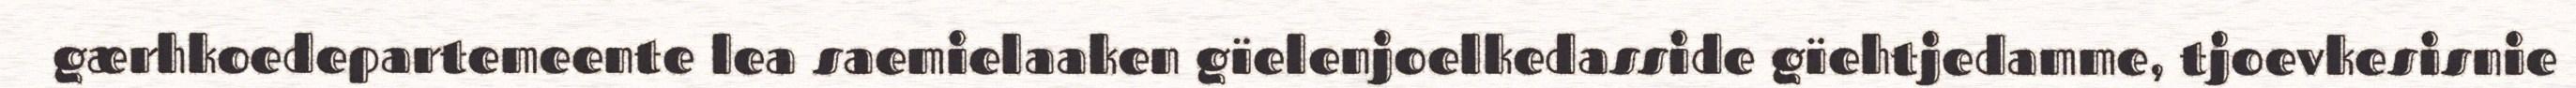
gærhkoedepartemeente lea saemielaaken gïelenjoelkedasside gïehtjedamme, tjoevkesisnie